Problem: 32 + 49 = ?
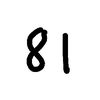
Handwritten answer: 81